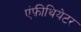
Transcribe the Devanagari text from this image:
एंफ़ीथियेटर